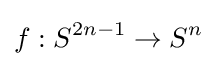
f:S^{2n-1}\rightarrow S^{n}